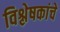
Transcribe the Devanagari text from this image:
विश्लेषकांचे